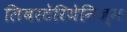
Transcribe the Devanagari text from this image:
लिबरटेरियेनिज़्म